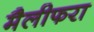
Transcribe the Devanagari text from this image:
मैलीफरा